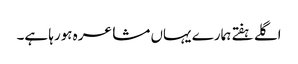
اگلے ہفتے ہمارے یہاں مشاعرہ ہورہا ہے۔